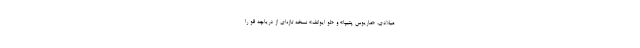
میلادی، «ماریوس پتیپا» و «لو ایوانف» نسخه تازه‌ای از دریاچه قو را